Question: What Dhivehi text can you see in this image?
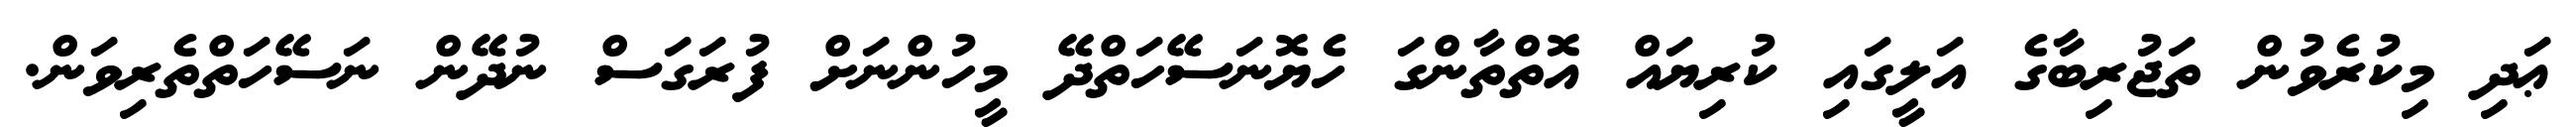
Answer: ޢަދި މިކުރެވުން ތަޖުރިބާގެ އަލީގައި ކުރިޔައް އޮތްތާންގަ ހެޔޮނަސޭހަތްދޭ މީހުންނަށް ފުރަގަސް ނުދޭން ނަސޭހަތްތެރިވަން.